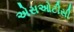
એસઓટીસી